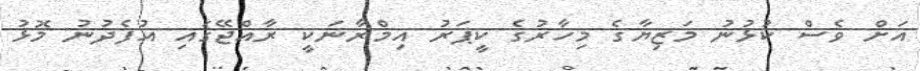
އަށް ވެސް ކުޅުނު މަޒިޔާގެ މިހާރުގެ ކީޕަރު އިމްރާނަކީ ރާއްޖޭގައި އުފެދުނު މޮޅު